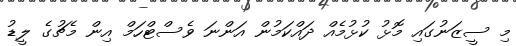
މި ސީޒަނުގައި މޮޅު ކުޅުމެއް ދައްކަމުން އަންނަ ވެސްޓްހަމް އިން މެޗުގެ ލީޑު